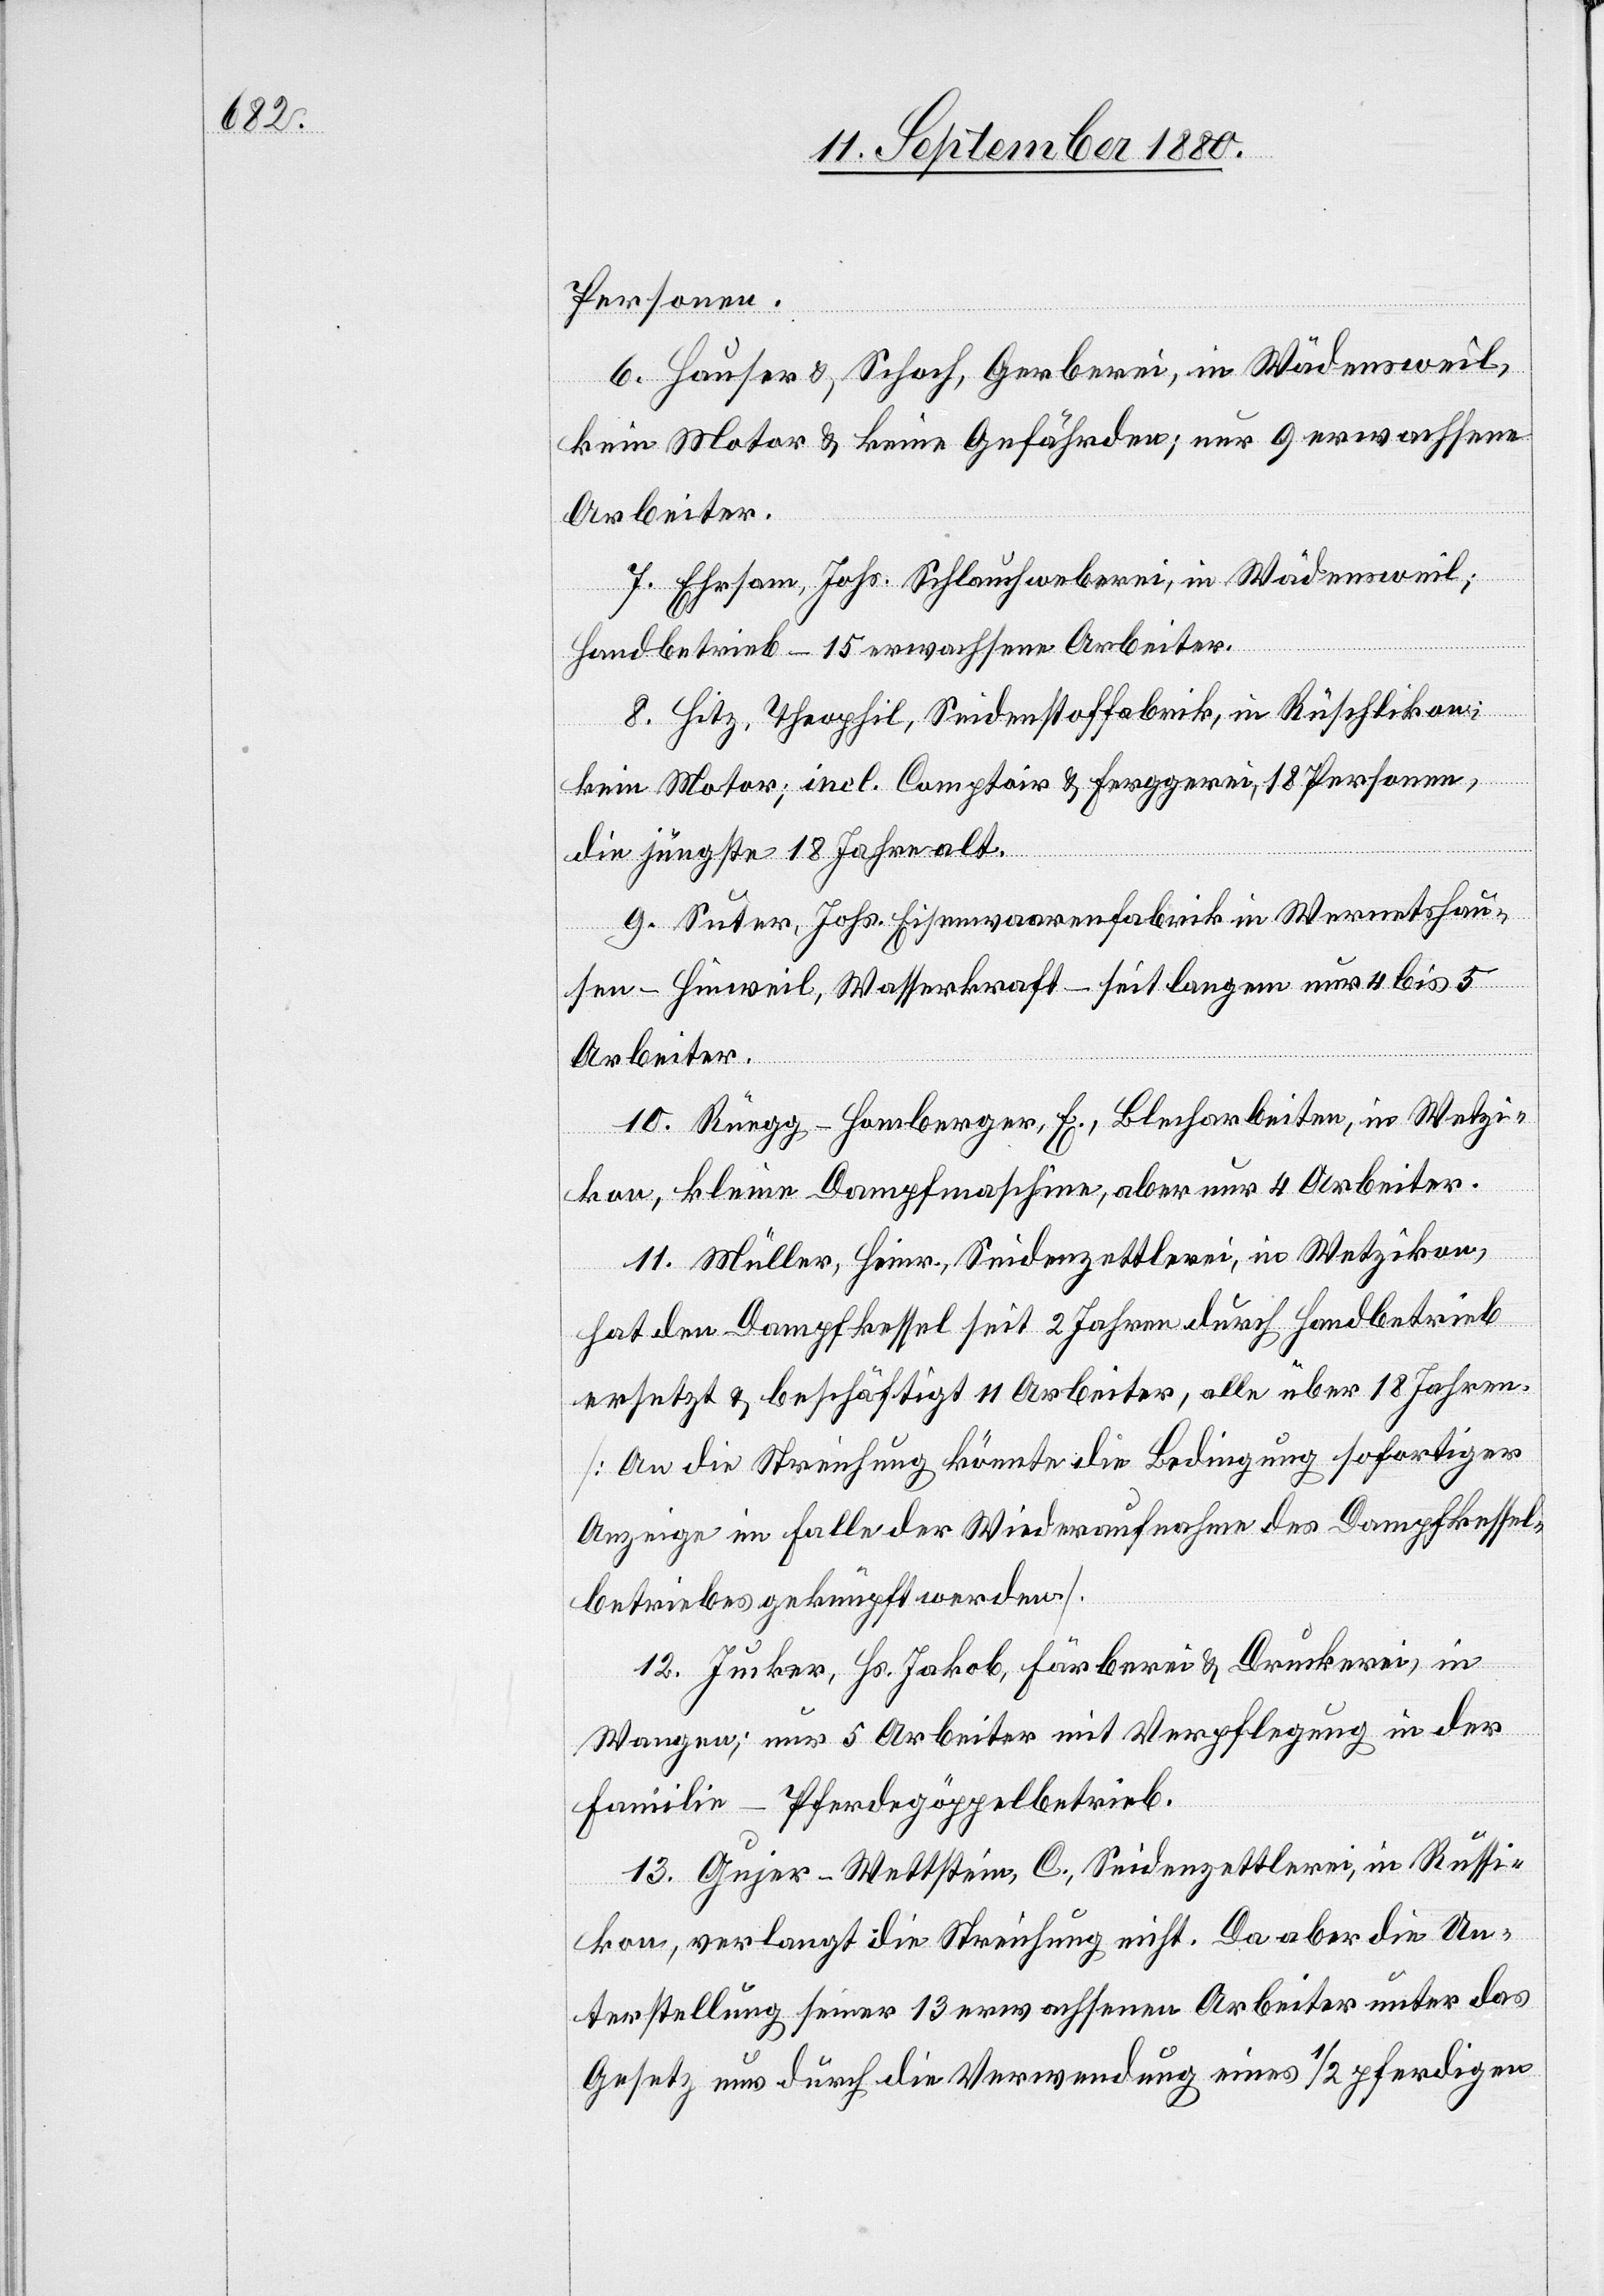
Personen.
6. Hauser & Schoch, Gerberei, in Wädensweil,
kein Motor & keine Gefährden; nur 9 erwachsene
Arbeiter.
7. Ehrsam, Johs. Schlauchweberei, in Wädensweil;
Handbetrieb – 15 erwachsene Arbeiter.
8. Hitz, Theophil, Seidenstofffabrik, in Rüschlikon;
kein Motor; incl. Comptoir & Ferggerei, 18 Personen,
die jüngste 18 Jahre alt.
9. Suter, Johs. Eisenwaarenfabrik in Wernetshau¬
sen - Hinweil, Wasserkraft – seit langem nur 4 bis 5
Arbeiter.
10. Rüegg-Homberger, E., Blecharbeiten, in Wetzi¬
kon, kleine Dampfmaschine, aber nur 4 Arbeiter.
11. Müller, Heinr., Seidenzettlerei, in Wetzikon,
hat den Dampfkessel seit 2 Jahren durch Handbetrieb
ersetzt & beschäftigt 11 Arbeiter, alle über 18 Jahren
[An die Streichung könnte die Bedingung sofortiger
Anzeige im Falle der Wiederaufnahme des Dampfkessel¬
betriebes geknüpft werden].
12. Jucker, Hs. Jakob, Färberei & Druckerei, in
Wangen; nur 5 Arbeiter mit Verpflegung in der
Familie – Pferdegöppelbetrieb.
13. Gujer-Wettstein, C., Seidenzettlerei, in Russi¬
kon, verlangt die Streichung nicht. Da aber die Un¬
terstellung seiner 13 erwachsenen Arbeiter unter das
Gesetz nur durch die Verwendung eines 1/2 pferdigen